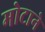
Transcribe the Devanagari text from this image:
मोटाने